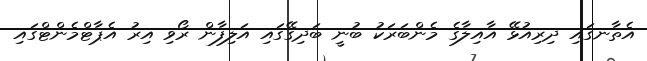
އެތާނގައި ދިރިއުޅޭ އާއިލާގެ މެންބަރަކު ބުނީ ބަދިގޭގައި އަލިފާން ރޯވި އިރު އެޕާޓްމެންޓްގައި